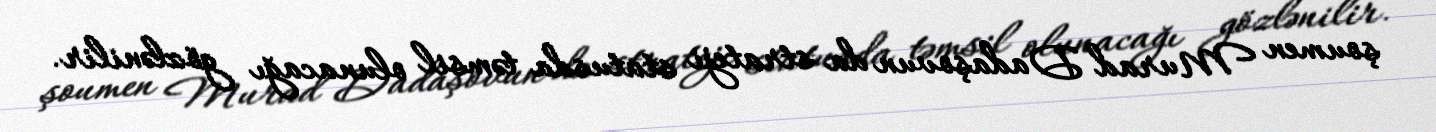
şoumen Murad Dadaşovun da strateji statusda təmsil olunacağı gözlənilir.